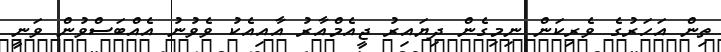
ތިން އަހަރުގެ ވެރިކަން ނިމިގެން ދިޔައިރު ޖީއެމްއާރު އާއިއެކު ވެވުނު އެއްބަސްވުން ވަނީ